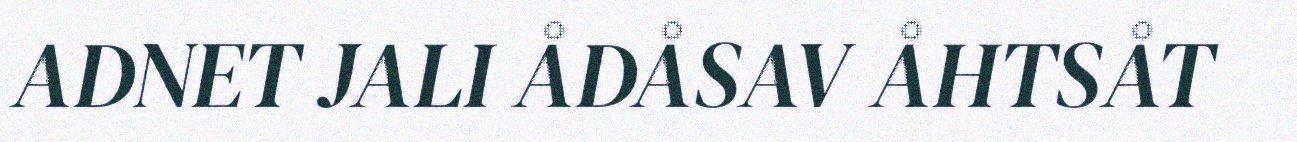
ADNET JALI ÅDÅSAV ÅHTSÅT